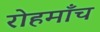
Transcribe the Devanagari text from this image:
रोहमाँच